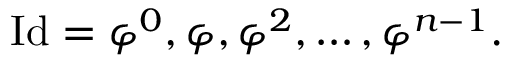
\mathrm { I d } = \varphi ^ { 0 } , \varphi , \varphi ^ { 2 } , \ldots , \varphi ^ { n - 1 } .